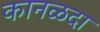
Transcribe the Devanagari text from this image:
कानळदा